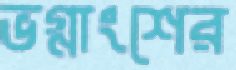
ভগ্নাংশের